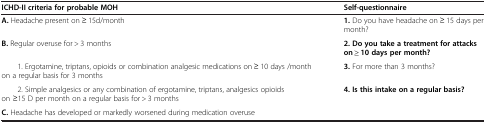
<table><thead><tr><td><b>ICHD-II criteria for probable MOH</b></td><td><b>Self-questionnaire</b></td></tr></thead><tbody><tr><td><b>A.</b> Headache present on ≥ 15d/month</td><td><b>1.</b> Do you have headache on ≥ 15 days per month?</td></tr><tr><td><b>B.</b> Regular overuse for &gt; 3 months</td><td><b>2. Do you take a treatment for attacks on ≥ 10 days per month?</b></td></tr><tr><td>1. Ergotamine, triptans, opioids or combination analgesic medications on ≥ 10 days /month on a regular basis for 3 months</td><td><b>3.</b> For more than 3 months?</td></tr><tr><td>2. Simple analgesics or any combination of ergotamine, triptans, analgesics opioids on ≥15 D per month on a regular basis for &gt; 3 months</td><td rowspan="2"><b>4. Is this intake on a regular basis?</b></td></tr><tr><td><b>C.</b> Headache has developed or markedly worsened during medication overuse</td></tr></tbody></table>